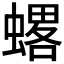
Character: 𧐋